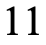
11